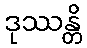
ဒုဿန္တိ